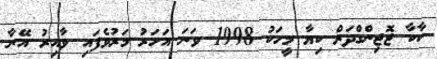
ކާކާ ޖޮޖިންގްދަރް ކިޔާ މީހަކު 1998 ވަނަ އަހަރު މަރުވެފައި ވާއިރު އޭނާ